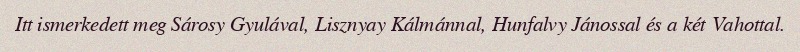
Itt ismerkedett meg Sárosy Gyulával, Lisznyay Kálmánnal, Hunfalvy Jánossal és a két Vahottal.